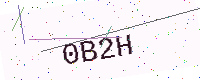
Text: 0B2H